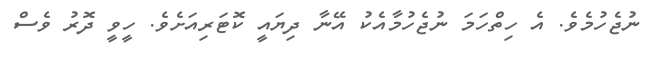
ނުޖެހުމެވެ. އެ ހިތްހަމަ ނުޖެހުމާއެކު އޭނާ ދިޔައީ ކޮޓަރިއަށެވެ. ހީވީ ދޮރު ވެސް